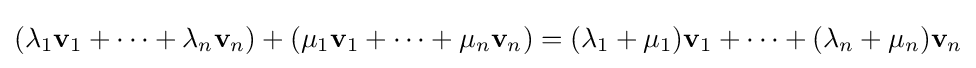
(\lambda _{1}\mathbf {v} _{1}+\cdots +\lambda _{n}\mathbf {v} _{n})+(\mu _{1}\mathbf {v} _{1}+\cdots +\mu _{n}\mathbf {v} _{n})=(\lambda _{1}+\mu _{1})\mathbf {v} _{1}+\cdots +(\lambda _{n}+\mu _{n})\mathbf {v} _{n}